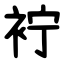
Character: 䘢